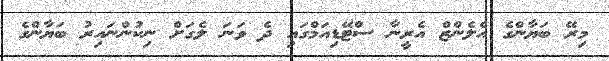
މިރޭ ބަޔާންގެ އެލެންޒް އެރީނާ ސްޓޭޑިއަމްގައި ދެ ވަނަ ލެގަށް ނިކުންނައިރު ބަޔާންގެ